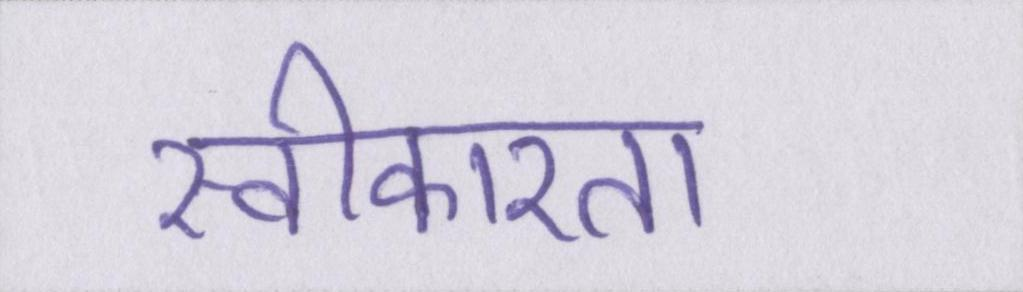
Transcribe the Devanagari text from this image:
स्वीकारता